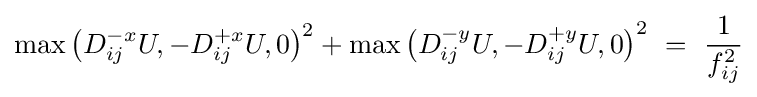
\max \left(D_{ij}^{-x}U,-D_{ij}^{+x}U,0\right)^{2}+\max \left(D_{ij}^{-y}U,-D_{ij}^{+y}U,0\right)^{2}\ =\ {\frac {1}{f_{ij}^{2}}}